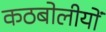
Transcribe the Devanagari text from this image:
कठबोलीयों